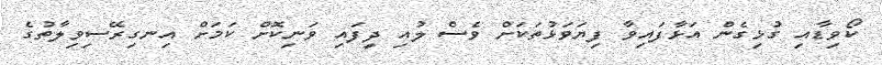
ކޯވިޑާއި ގުޅިގެން އަޅާފައިވާ ފިޔަވަޅުތަކަށް ވެސް ލުއި ދީފައި ވަނިކޮށް ކަމަށް އިނގިރޭސިވިލާތުގެ